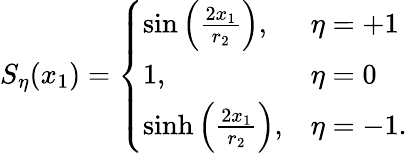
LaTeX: S_{\eta}(x_{1})=\left\{ \begin{array}{ll}{{\sin\left({\frac{2x_{1}}{r_{2}}}\right),}}&{{\eta=+1}}\\ {{1,}}&{{\eta=0}}\\ {{\sinh\left({\frac{2x_{1}}{r_{2}}}\right),}}&{{\eta=-1.}}\end{array}\right.